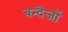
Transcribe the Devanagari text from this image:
बन्देजों